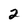
Character: 2